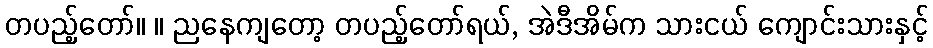
တပည့်တော်။ ။ ညနေကျတော့ တပည့်တော်ရယ်, အဲဒီအိမ်က သားငယ် ကျောင်းသားနှင့်